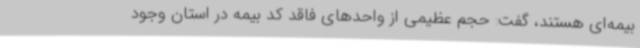
بیمه‌ای هستند، گفت: حجم عظیمی از واحدهای فاقد کد بیمه در استان وجود